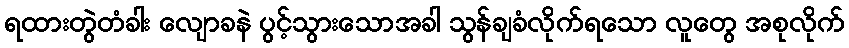
ရထားတွဲတံခါး လျောခနဲ ပွင့်သွားသောအခါ သွန်ချခံလိုက်ရသော လူတွေ အစုလိုက်